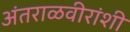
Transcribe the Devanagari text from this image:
अंतराळवीरांशी